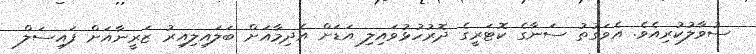
ސުވާލުކުރިއެވެ. އެވަގުތު ސަނާގެ ކޮޓަރީގެ ދޮރުހުޅުވައިލި އަޑަށް އެދިމާއަށް ބަލައިލިއިރު ޒަރީނާއަށް ފައިސަލް